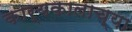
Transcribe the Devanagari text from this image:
कार्यकालाच्या